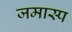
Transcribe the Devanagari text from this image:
जमास्प